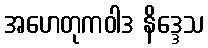
အဟေတုကဝါဒ နိဒ္ဒေသ